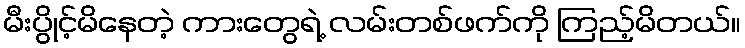
မီးပွိုင့်မိနေတဲ့ ကားတွေရဲ့ လမ်းတစ်ဖက်ကို ကြည့်မိတယ်။